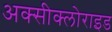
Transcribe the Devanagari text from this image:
अक्‍सीक्‍लोराइड